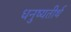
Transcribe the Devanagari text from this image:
धनुष्यतीर्थ